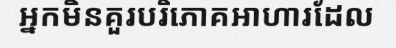
អ្នកមិនគួរបរិភោគអាហារដែល